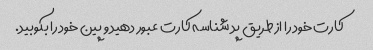
کارت خود را از طریق پد شناسه کارت عبور دهید و پین خود را بکوبید.